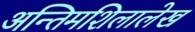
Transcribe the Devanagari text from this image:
अन्तिमशिलालेख